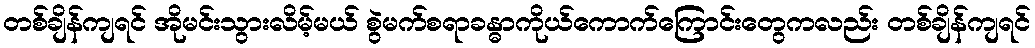
တစ်ချိန်ကျရင် အိုမင်းသွားလိမ့်မယ် စွဲမက်စရာခန္ဓာကိုယ်ကောက်ကြောင်းတွေကလည်း တစ်ချိန်ကျရင်